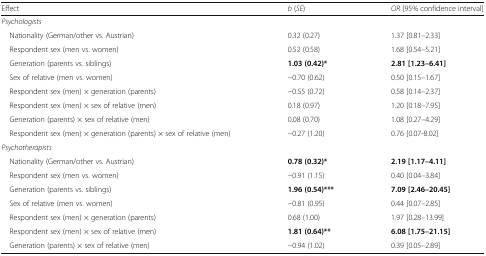
| Effect | b (SE) | OR [95% confidence interval] |
 | --- | --- | --- |
 | <COLSPAN=3> Psychologists |
 | Nationality (German/other vs. Austrian) | 0.32 (0.27) | 1.37 [0.81–2.33] |
 | Respondent sex (men vs. women) | 0.52 (0.58) | 1.68 [0.54–5.21] |
 | Generation (parents vs. siblings) | 1.03 (0.42)* | 2.81 [1.23–6.41] |
 | Sex of relative (men vs. women) | −0.70 (0.62) | 0.50 [0.15–1.67] |
 | Respondent sex (men) × generation (parents) | −0.55 (0.72) | 0.58 [0.14–2.37] |
 | Respondent sex (men) × sex of relative (men) | 0.18 (0.97) | 1.20 [0.18–7.95] |
 | Generation (parents) × sex of relative (men) | 0.08 (0.70) | 1.08 [0.27–4.29] |
 | Respondent sex (men) × generation (parents) × sex of relative (men) | −0.27 (1.20) | 0.76 [0.07-8.02] |
 | <COLSPAN=3> Psychotherapists |
 | Nationality (German/other vs. Austrian) | 0.78 (0.32)* | 2.19 [1.17–4.11] |
 | Respondent sex (men vs. women) | −0.91 (1.15) | 0.40 [0.04–3.84] |
 | Generation (parents vs. siblings) | 1.96 (0.54)*** | 7.09 [2.46–20.45] |
 | Sex of relative (men vs. women) | −0.81 (0.95) | 0.44 [0.07–2.85] |
 | Respondent sex (men) × generation (parents) | 0.68 (1.00) | 1.97 [0.28–13.99] |
 | Respondent sex (men) × sex of relative (men) | 1.81 (0.64)** | 6.08 [1.75–21.15] |
 | Generation (parents) × sex of relative (men) | −0.94 (1.02) | 0.39 [0.05–2.89] |